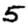
Digit: 5